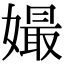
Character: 𡡔